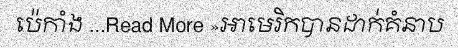
ប៉េកាំង ...Read More »អាមេរិកបានដាក់គំនាប